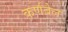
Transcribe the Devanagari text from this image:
कर्णबेल